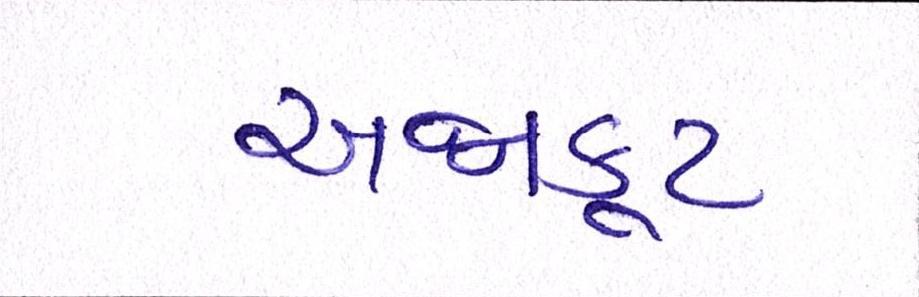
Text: અન્નકૂટ